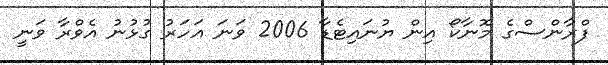
ފްރާންސްގެ މޮނާކޯ އިން ޔުނައިޓެޑާ 2006 ވަނަ އަހަރު ގުޅުނު އެވްރާ ވަނީ